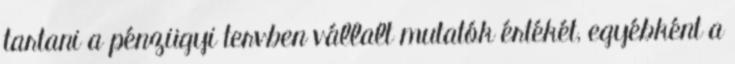
tartani a pénzügyi tervben vállalt mutatók értékét, egyébként a